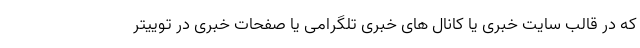
که در قالب سایت خبری یا کانال های خبری تلگرامی یا صفحات خبری در توییتر